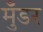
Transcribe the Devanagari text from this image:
मुँडर